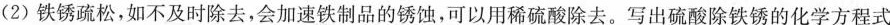
(2)铁锈疏松，如不及时除去，会加速铁制品的锈蚀，可以用稀硫酸除去。写出硫酸除铁锈的化学方程式